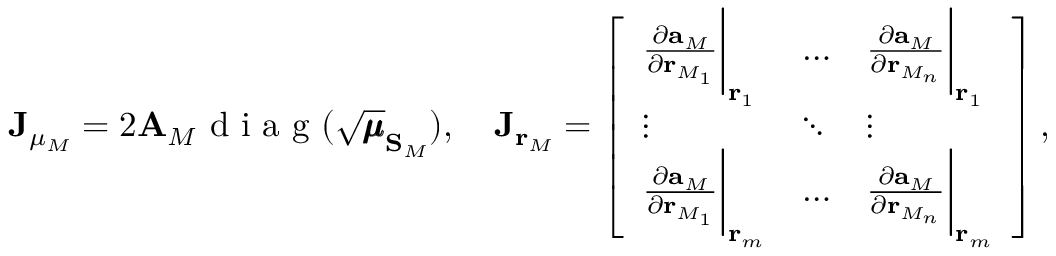
\mathbf { J } _ { \mu _ { M } } = 2 \mathbf { A } _ { M } \mathrm { ~ d ~ i ~ a ~ g ~ } ( \sqrt { \pmb { \mu } } _ { \mathbf { S } _ { M } } ) , \quad \mathbf { J } _ { \mathbf { r } _ { M } } = \left[ \begin{array} { l l l } { \frac { \partial { \mathbf { a } _ { M } } } { \partial \mathbf { r } _ { M _ { 1 } } } \biggr \rvert _ { \mathbf { r } _ { 1 } } } & { \hdots } & { \frac { \partial { \mathbf { a } _ { M } } } { \partial \mathbf { r } _ { M _ { n } } } \biggr \rvert _ { \mathbf { r } _ { 1 } } } \\ { \vdots } & { \ddots } & { \vdots } \\ { \frac { \partial { \mathbf { a } _ { M } } } { \partial \mathbf { r } _ { M _ { 1 } } } \biggr \rvert _ { \mathbf { r } _ { m } } } & { \hdots } & { \frac { \partial { \mathbf { a } _ { M } } } { \partial \mathbf { r } _ { M _ { n } } } \biggr \rvert _ { \mathbf { r } _ { m } } } \end{array} \right] ,